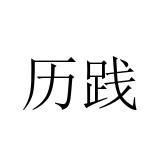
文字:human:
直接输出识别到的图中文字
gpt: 历践